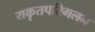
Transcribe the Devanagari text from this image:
यकृतपरिगलन